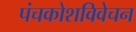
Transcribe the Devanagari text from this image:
पंचकोशविवेचन